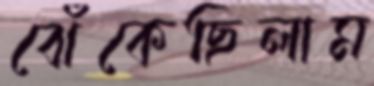
ঝেঁকেছিলাম